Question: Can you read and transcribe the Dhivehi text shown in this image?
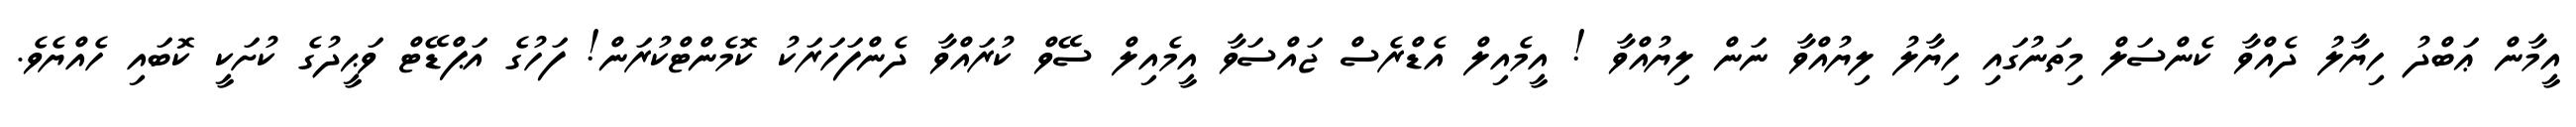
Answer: އީމާން ޢަބްދު ހިޔާލު ދެއްވާ ކެންސަލް މިތަނުގައި ހިޔާލު ލިޔުއްވާ ނަން ލިޔުއްވާ ! އީމެއިލް އެޑްރެސް ޖައްސަވާ އީމެއިލް ސޭވް ކުރައްވާ ދެންފަހަރަކު ކޮމެންޓްކުރަން! ފަހުގެ އަޕްޑޭޓް ވަޙީދުގެ ކުށަކީ ކޮބައި ހެއްޔެވެ.